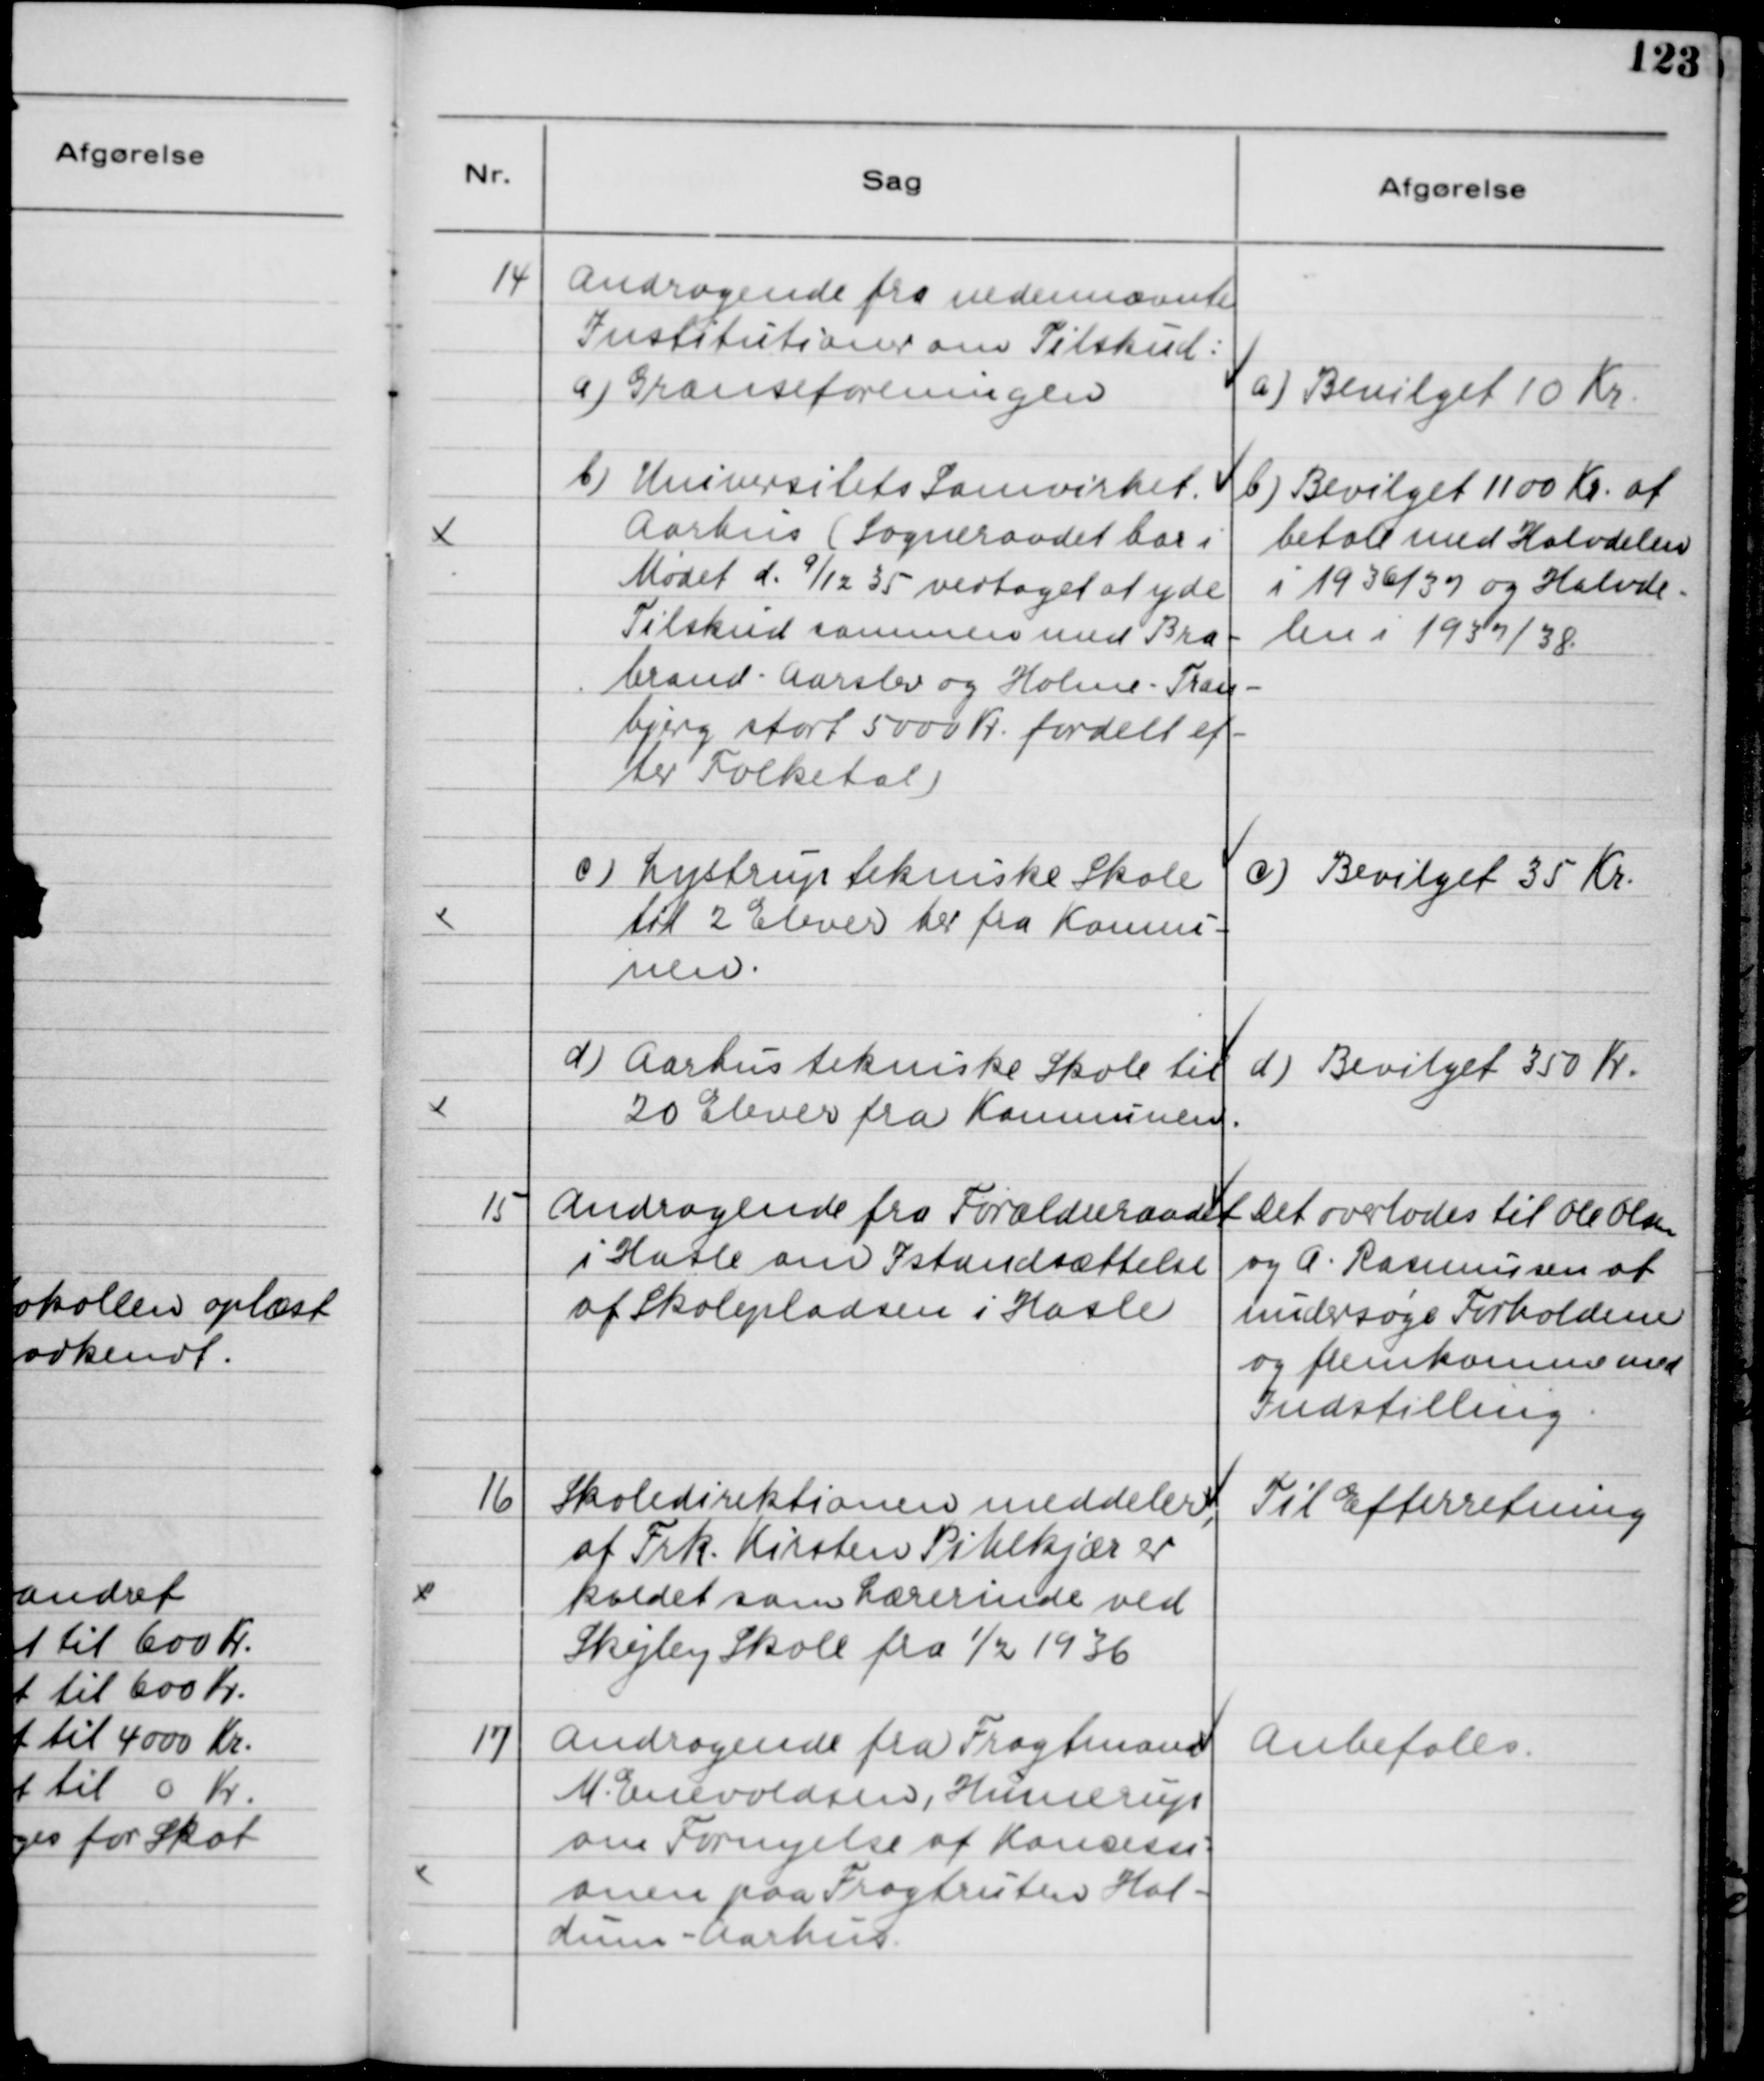
Transskription:
14
Andragende fra nedennævnte
Institutioner om Tilskud:
a) Grænseforeningen.
a) Bevilget 10 Kr.
b) Universitets Samvirket
Aarhus (Sogneraadet har i
Mødet d, 9/12 35 vedtaget at yde
Tilskud sammen med Bra-
brand-Aarslev og Holme-Tran-
bjerg stort 5000 Kr fordelt ef-
ter Folketal)
b) Bevilget 1100 Kr at
betale med Halvdelen
i 1936/37 og Halvde-
len i 1937/38.
c) Lystrup tekniske Skole
til 2 Elever her fra Kommu-
nen.
c) Bevilget 35 Kr.
d) Aarhus tekniske Skole til
20 Elever fra Kommunen.
d) Bevilget 350 Kr.
15
Andragende fra Forældreraadet
i Hasle om Istandsættelse
af Skolepladsen i Hasle
Det overlodes til Ole Olsen
og A. Rasmussen at 
undersøge Forholdene
og fremkomme med
Indstilling.
16
Skoledirektionen meddeler,
at Frk. Kirsten Pihlkjær er
kaldet som Lærerinde ved
Skejby Skole fra 1/2 1936
Til Efterretning
17
Andragende fra Fragtmand
M. Enevoldsen, Hinnerup
om Fornyelse af Koncessi-
onen paa Fragtruten Hal-
dum-Aarhus.
Anbefales.